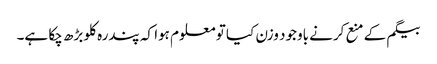
بیگم کے منع کرنے باوجود وزن کیا تو معلوم ہوا کہ پندرہ کلو بڑھ چکا ہے۔